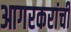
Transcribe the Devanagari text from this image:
आगरकरांची